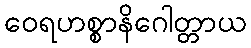
ဝေရဟစ္စာနိဂေါတ္တာယ